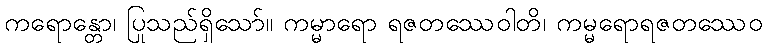
ကရောန္တော၊ ပြုသည်ရှိသော်။ ကမ္မာရော ရဇတဿေဝါတိ၊ ကမ္မရောရဇတဿေဝ